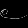
Digit: ၉